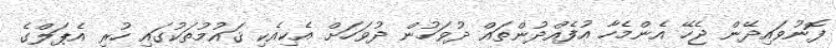
ފޮނުވައިދޭން ޖެހޭ އެންމެހާ އުފެއްދުންތައް ދުވަހުން ދުވަހަށް އެކިއެކި ޤައުމުތަކުގައި ހުރި އެޕަލްގެ